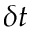
\delta t